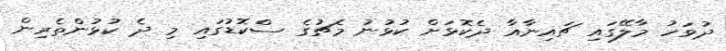
ދުވަހު މާލޭގައި ޗައިނާއާ ދެކޮޅަށް ކުޅުނު މެޗުގެ ސްކޮޑުގައި މި ދެ ކުޅުންތެރިން